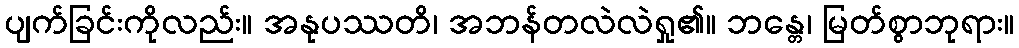
ပျက်ခြင်းကိုလည်း။ အနုပဿတိ၊ အဘန်တလဲလဲရှု၏။ ဘန္တေ၊ မြတ်စွာဘုရား။